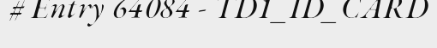
# Entry 64084 - TD1_ID_CARD